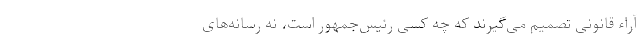
آراء قانونی تصمیم می‌گیرند که چه کسی رئیس‌جمهور است، نه رسانه‌های